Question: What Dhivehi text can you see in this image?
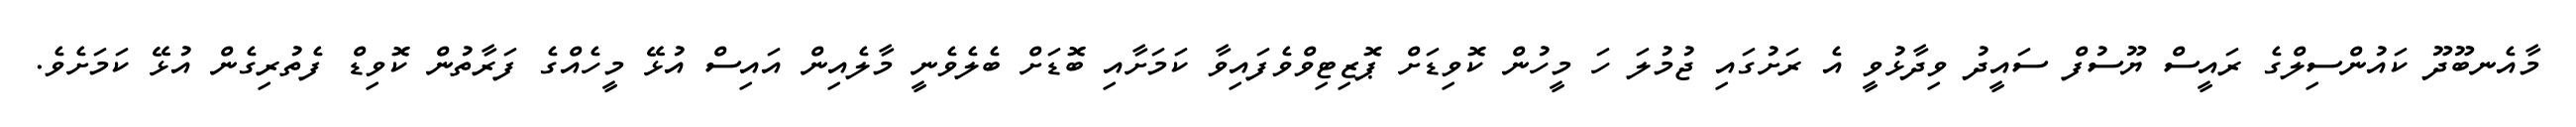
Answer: މާއެނބޫދޫ ކައުންސިލްގެ ރައީސް ޔޫސުފް ސައީދު ވިދާޅުވީ އެ ރަށުގައި ޖުމުލަ ހަ މީހުން ކޮވިޑަށް ޕޮޒިޓިވްވެފައިވާ ކަމަށާއި ބޮޑަށް ބެލެވެނީ މާލެއިން އައިސް އުޅޭ މީހެއްގެ ފަރާތުން ކޮވިޑް ފެތުރިގެން އުޅޭ ކަމަށެވެ.